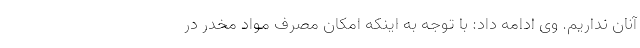
آنان نداریم. وی ادامه داد: با توجه به اینکه امکان مصرف مواد مخدر در